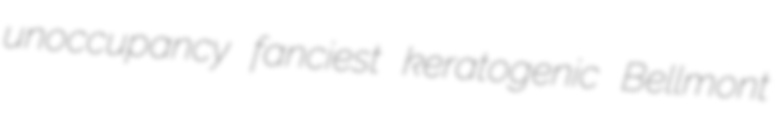
unoccupancy fanciest keratogenic Bellmont